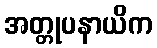
အတ္တုပနာယိက